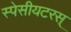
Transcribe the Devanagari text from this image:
स्पेसीयटरस्